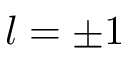
l = \pm 1